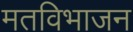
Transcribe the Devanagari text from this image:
मतविभाजन